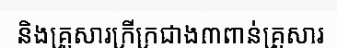
និងគ្រួសារក្រីក្រជាង៣ពាន់គ្រួសារ